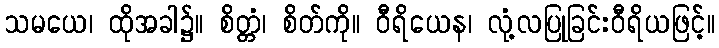
သမယေ၊ ထိုအခါ၌။ စိတ္တံ၊ စိတ်ကို။ ဝီရိယေန၊ လုံ့လပြုခြင်းဝီရိယဖြင့်။